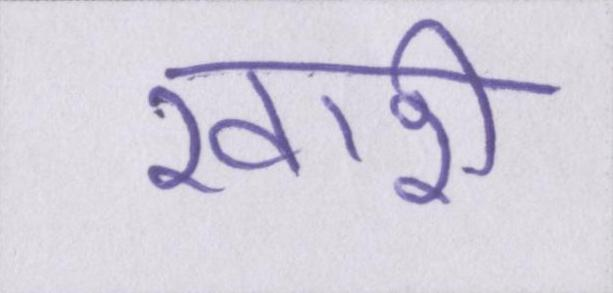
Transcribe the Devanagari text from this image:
खारी